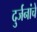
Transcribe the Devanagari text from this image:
दुर्जनांचे